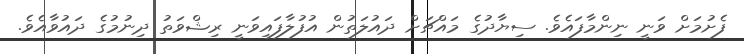
ފެށުމަށް ވަނީ ނިންމާފައެވެ. ސިޔާދުގެ މައްޗަށް ދައުލަތުން އުފުލާފައިވަނީ ރިޝްވަތު ދިނުމުގެ ދައުވާއެވެ.